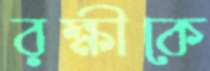
রক্ষীকে